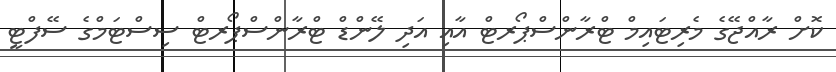
ކޮށް ރާއްޖޭގެ މެރިޓައިމް ޓްރާންސްޕޯރޓް އާއި އަދި ލޭންޑް ޓްރާންސްޕޯރޓް ސިސްޓަމްގެ ސޭފްޓީ